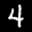
Label: 4